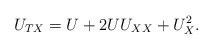
LaTeX: \begin{align*}U_{TX} = U + 2U U_{XX} +U_X^2.\end{align*}